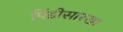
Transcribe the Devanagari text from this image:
पिंडीसारखा